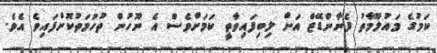
ކަމުގެ މައުލޫމާތު ފެނާންޑޭޒް އަށް ލިބިފައިވާތީ ކަމަށްވެސް އެ ނޫހުން ތުހުމަތުކޮށްފައިވެ އެވެ.